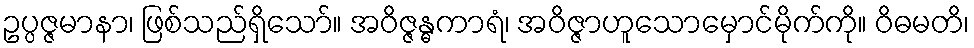
ဥပ္ပဇ္ဇမာနာ၊ ဖြစ်သည်ရှိသော်။ အဝိဇ္ဇန္ဓကာရံ၊ အဝိဇ္ဇာဟူသောမှောင်မိုက်ကို။ ဝိဓမတိ၊